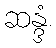
ဆန္ဒံ